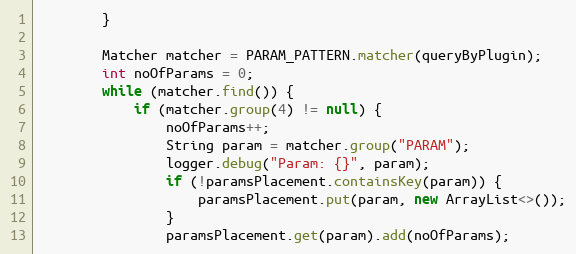
Language: Java
		}

		Matcher matcher = PARAM_PATTERN.matcher(queryByPlugin);
		int noOfParams = 0;
		while (matcher.find()) {
			if (matcher.group(4) != null) {
				noOfParams++;
				String param = matcher.group("PARAM");
				logger.debug("Param: {}", param);
				if (!paramsPlacement.containsKey(param)) {
					paramsPlacement.put(param, new ArrayList<>());
				}
				paramsPlacement.get(param).add(noOfParams);